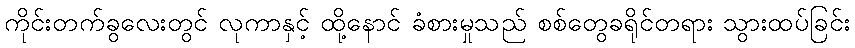
ကိုင်းတက်ခွလေးတွင် လုကာနှင့် ထို့နောင် ခံစားမှုသည် စစ်တွေခရိုင်တရား သွားထပ်ခြင်း